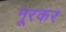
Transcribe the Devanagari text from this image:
नूरकर